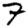
Digit: 7